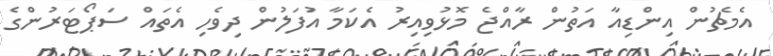
އެމެޗުން އިންޑިއާ އަތުން ރާއްޖެ މޮޅުވިއިރު އެކަމާ އުފަލުން ދިވެހި އެތައް ސަޕޯޓަރުންގެ